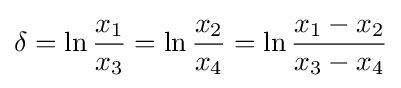
\delta =\ln {\frac {x_{1}}{x_{3}}}=\ln {\frac {x_{2}}{x_{4}}}=\ln {\frac {x_{1}-x_{2}}{x_{3}-x_{4}}}